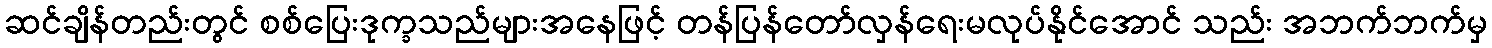
ဆင်ချိန်တည်းတွင် စစ်ပြေးဒုက္ခသည်များအနေဖြင့် တန်ပြန်တော်လှန်ရေးမလုပ်နိုင်အောင် သည်း အဘက်ဘက်မှ